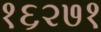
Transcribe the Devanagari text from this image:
१६२७१